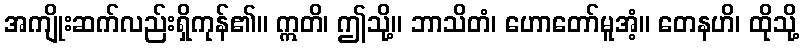
အကျိုးဆက်လည်းရှိကုန်၏။ ဣတိ၊ ဤသို့။ ဘာသိတံ၊ ဟောတော်မူအံ့။ တေနဟိ၊ ထိုသို့